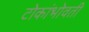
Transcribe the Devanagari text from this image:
टोकांभोवती